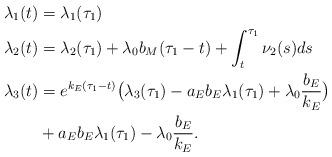
LaTeX: \begin{align*} \lambda_1(t) &= \lambda_1(\tau_1) \\ \lambda_2(t) &= \lambda_2(\tau_1) + \lambda_0 b_M (\tau_1 - t) + \int_t^{\tau_1} \nu_2(s) ds \\ \lambda_3(t) &= e^{k_E(\tau_1 - t)} \bigl(\lambda_3(\tau_1) - a_E b_E \lambda_1(\tau_1) + \lambda_0 \frac{b_E}{k_E}\bigr) \\ & + a_E b_E \lambda_1(\tau_1) - \lambda_0 \frac{b_E}{k_E}.\end{align*}